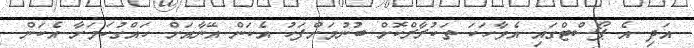
އަދި އެ ޕޯސްޓްގައި އެވާހަކަ ތަކުރާރްކޮށް ބުނުމަށްފަހު އެކަން އޭނާއަށް ހައްގުކަމަށާ އެކަން